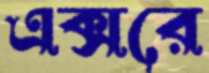
এক্সরে